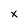
Character: x